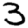
Digit: 3